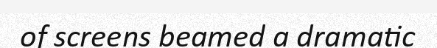
of screens beamed a dramatic